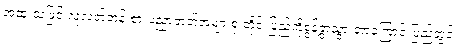
အထူးသဖြင့် လူလတ်တန်းစားပညာတတ်အများစု တိုင်းပြည်ကိုစွန့်ခွာသွားတာကြောင့် ပြည်တွင်း